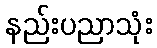
နည်းပညာသုံး